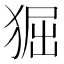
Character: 𤟎